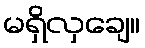
မရှိလှချေ။